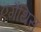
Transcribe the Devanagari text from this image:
एगैथिस